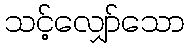
သင့်လျှော်သော